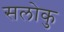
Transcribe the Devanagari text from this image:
सलोकु